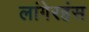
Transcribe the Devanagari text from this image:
लांगेरहंस